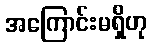
အကြောင်းမရှိဟု